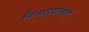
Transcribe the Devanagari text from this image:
निवाड्यांतही